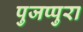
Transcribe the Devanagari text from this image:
पुजप्पुरा